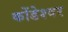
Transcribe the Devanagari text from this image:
कोंडेश्वर